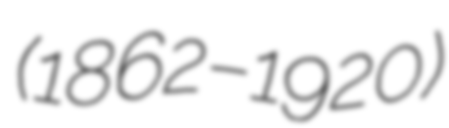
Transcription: (1862–1920)